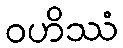
ဝဟိဿံ